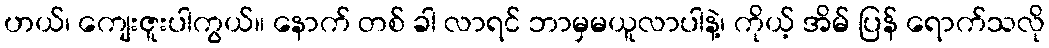
ဟယ်၊ ကျေးဇူးပါကွယ်။ နောက် တစ် ခါ လာရင် ဘာမှမယူလာပါနဲ့၊ ကိုယ့် အိမ် ပြန် ရောက်သလို